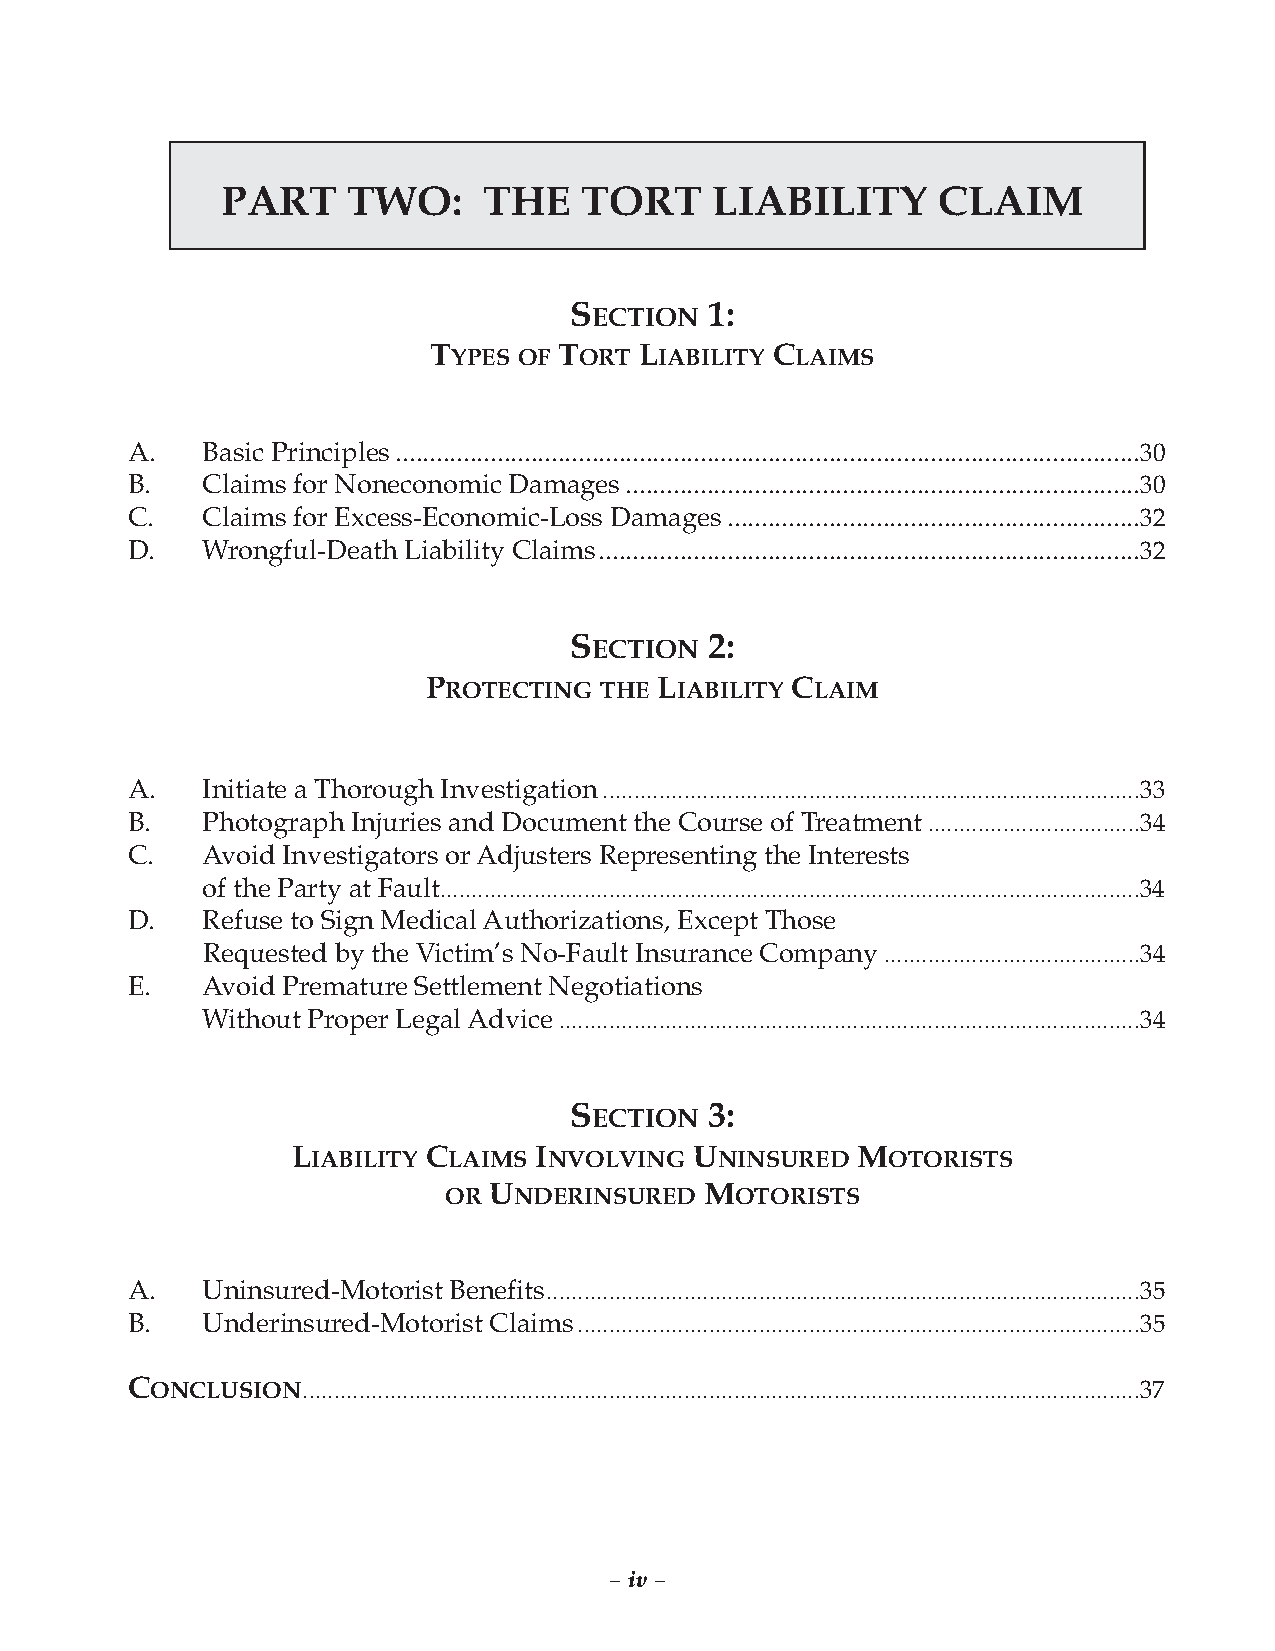
PART    TWO:     THE   TORT     LIABILITY      CLAIM
 SECTION  1:
 TYPES OF TORT LIABILITY CLAIMS
 A.   Basic Principles..............................................................................................................30
 B.   Claims for Noneconomic Damages............................................................................30
 C.   Claims for Excess-Economic-Loss Damages.............................................................32
 D.   Wrongful-Death Liability Claims................................................................................32
 SECTION  2:
 PROTECTING  THE LIABILITY CLAIM
 A.   Initiate a Thorough Investigation......................................................................................33
 B.   Photograph Injuries and Document the Course of Treatment..................................34
 C.   Avoid Investigators orAdjusters Representing the Interests
 of the Party at Fault................................................................................................................34
 D.   Refuse to Sign MedicalAuthorizations, Except Those
 Requested by the Victim’s No-Fault Insurance Company.........................................34
 E.   Avoid Premature Settlement Negotiations
 Without Proper LegalAdvice.............................................................................................34
 SECTION  3:
 LIABILITY CLAIMS INVOLVING UNINSURED  MOTORISTS
 OR UNDERINSURED   MOTORISTS
 A.   Uninsured-Motorist Benefits...............................................................................................35
 B.   Underinsured-Motorist Claims..........................................................................................35
 CONCLUSION......................................................................................................................................37
 – iv –